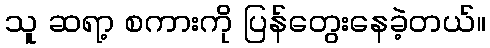
သူ ဆရာ့ စကားကို ပြန်တွေးနေခဲ့တယ်။